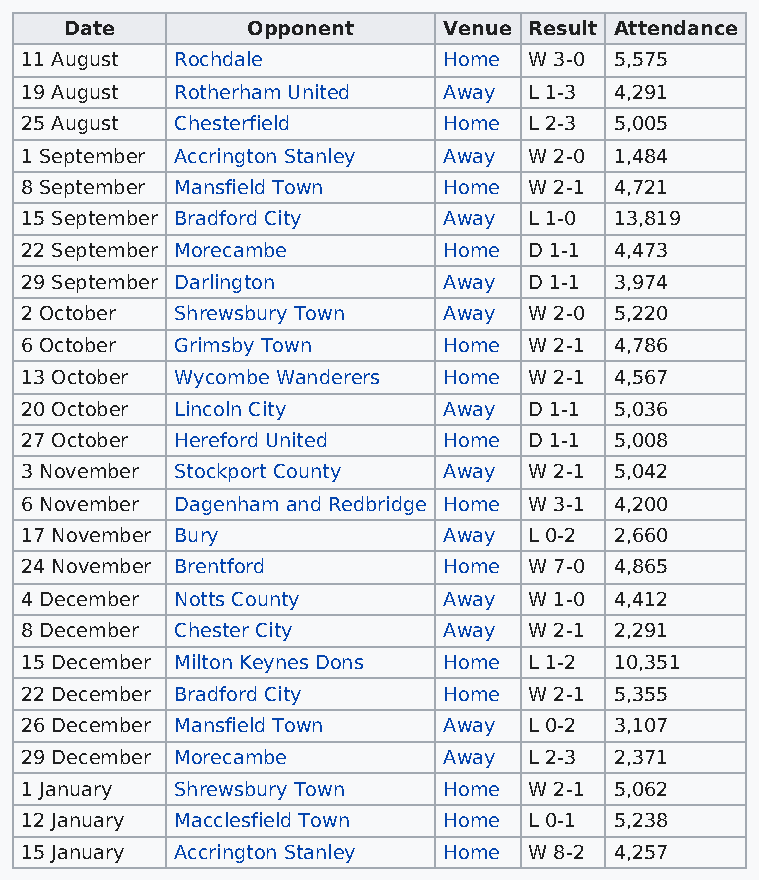
Date        Opponent     Venue Result Attendance
 11 August  Rochdale         Home  W 3-0 5,575
 19 August  Rotherham United Away  L 1-3 4,291
 25 August  Chesterfield     Home  L 2-3 5,005
 1 September Accrington Stanley Away W 2-0 1,484
 8 September Mansfield Town  Home  W 2-1 4,721
 15 September Bradford City  Away  L 1-0 13,819
 22 September Morecambe      Home  D 1-1 4,473
 29 September Darlington     Away  D 1-1 3,974
 2 October  Shrewsbury Town  Away  W 2-0 5,220
 6 October  Grimsby Town     Home  W 2-1 4,786
 13 October Wycombe Wanderers Home W 2-1 4,567
 20 October Lincoln City     Away  D 1-1 5,036
 27 October Hereford United  Home  D 1-1 5,008
 3 November Stockport County Away  W 2-1 5,042
 6 November Dagenham and Redbridge Home W 3-1 4,200
 17 November Bury            Away  L 0-2 2,660
 24 November Brentford       Home  W 7-0 4,865
 4 December Notts County     Away  W 1-0 4,412
 8 December Chester City     Away  W 2-1 2,291
 15 December Milton Keynes Dons Home L 1-2 10,351
 22 December Bradford City   Home  W 2-1 5,355
 26 December Mansfield Town  Away  L 0-2 3,107
 29 December Morecambe       Away  L 2-3 2,371
 1 January  Shrewsbury Town  Home  W 2-1 5,062
 12 January Macclesfield Town Home L 0-1 5,238
 15 January Accrington Stanley Home W 8-2 4,257